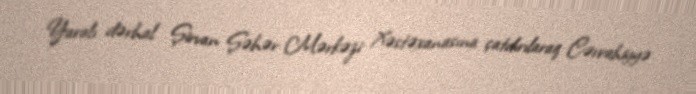
Yaralı dərhal Şirvan Şəhər Mərkəzi Xəstəxanasına çatdırılaraq Cərrahiyyə